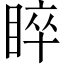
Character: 睟